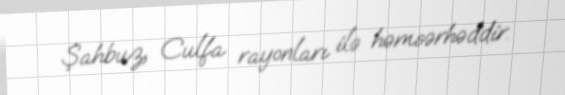
Şahbuz, Culfa rayonları ilə həmsərhəddir.